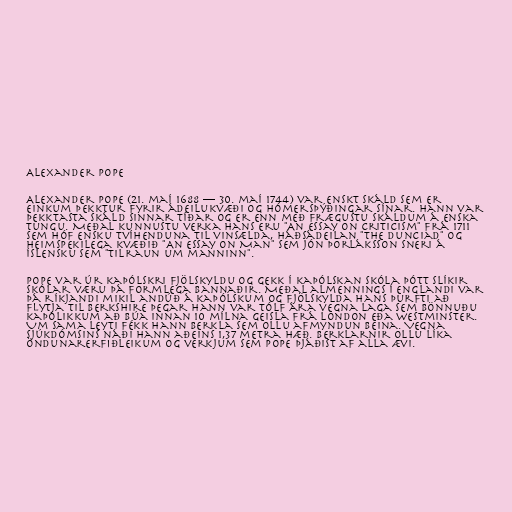
Alexander Pope

Alexander Pope (21. maí 1688 — 30. maí 1744) var enskt skáld sem er
einkum þekktur fyrir ádeilukvæði og Hómersþýðingar sínar. Hann var
þekktasta skáld sinnar tíðar og er enn með frægustu skáldum á enska
tungu. Meðal kunnustu verka hans eru "An Essay on Criticism" frá 1711
sem hóf ensku tvíhenduna til vinsælda, háðsádeilan "The Dunciad" og
heimspekilega kvæðið "An Essay on Man" sem Jón Þorláksson sneri á
íslensku sem "Tilraun um manninn".

Pope var úr kaþólskri fjölskyldu og gekk í kaþólskan skóla þótt slíkir
skólar væru þá formlega bannaðir. Meðal almennings í Englandi var
þá ríkjandi mikil andúð á kaþólskum og fjölskylda hans þurfti að
flytja til Berkshire þegar hann var tólf ára vegna laga sem bönnuðu
kaþólikkum að búa innan 10 mílna geisla frá London eða Westminster.
Um sama leyti fékk hann berkla sem ollu afmyndun beina. Vegna
sjúkdómsins náði hann aðeins 1,37 metra hæð. Berklarnir ollu líka
öndunarerfiðleikum og verkjum sem Pope þjáðist af alla ævi.